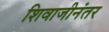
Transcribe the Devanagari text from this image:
शिवाजीनंतर